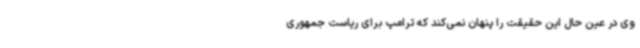
وی در عین حال این حقیقت را پنهان نمی‌کند که ترامپ برای ریاست جمهوری